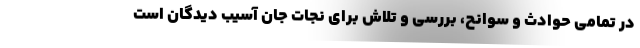
در تمامی حوادث و سوانح، بررسی و تلاش برای نجات جان آسیب دیدگان است